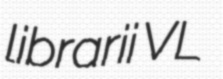
librarii VL